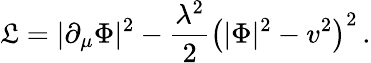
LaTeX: {\cal\mathfrak{L}}=|\partial_{\mu}\Phi|^{2}-{\frac{{\lambda^{2}}}{{2}}}\left(|\Phi|^{2}-v^{2}\right)^{2}\, .